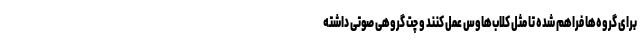
برای گروه‌ها فراهم شده تا مثل کلاب‌هاوس عمل کنند و چت گروهی صوتی داشته